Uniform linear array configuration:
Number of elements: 24
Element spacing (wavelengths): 0.25
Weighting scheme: cosine
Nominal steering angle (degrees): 15
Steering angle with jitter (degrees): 15.612
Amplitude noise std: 0.05
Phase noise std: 0.05

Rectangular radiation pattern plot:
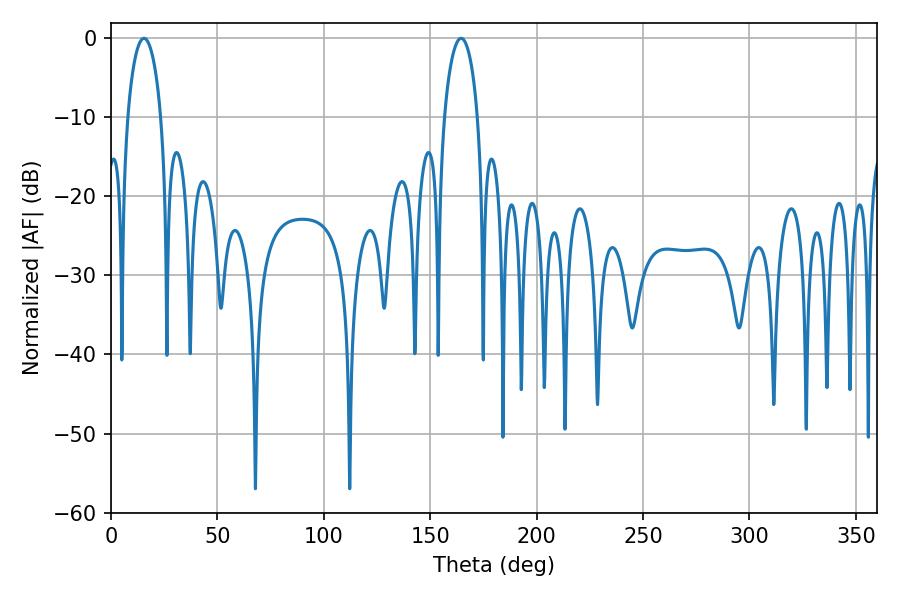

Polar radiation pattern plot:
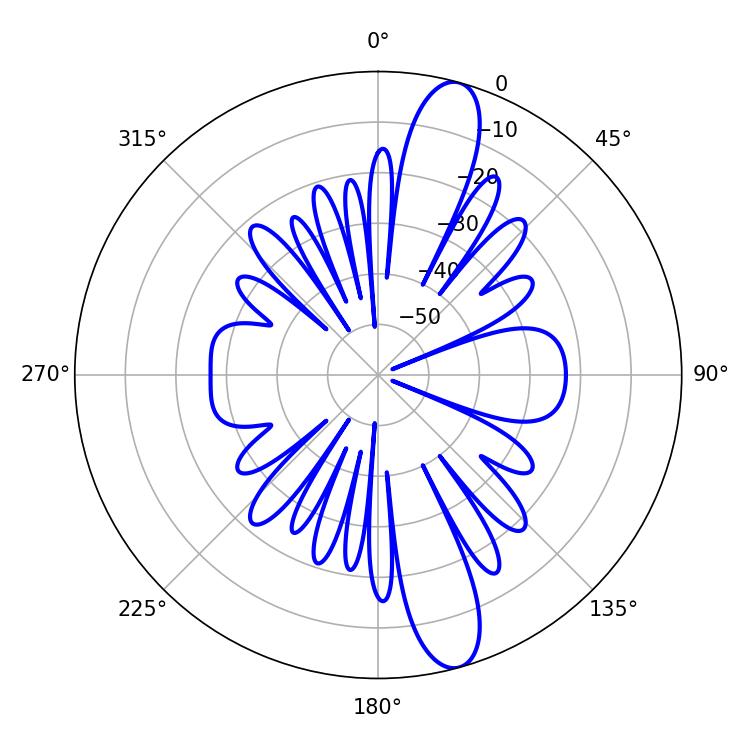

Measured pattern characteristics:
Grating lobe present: FALSE
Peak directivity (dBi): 13.327
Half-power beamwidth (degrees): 9
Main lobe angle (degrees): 15.48